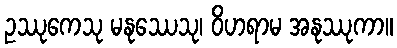
ဥဿုကေသု မနုဿေသု၊ ဝိဟရာမ အနုဿုကာ။